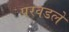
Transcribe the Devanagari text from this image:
परवडले